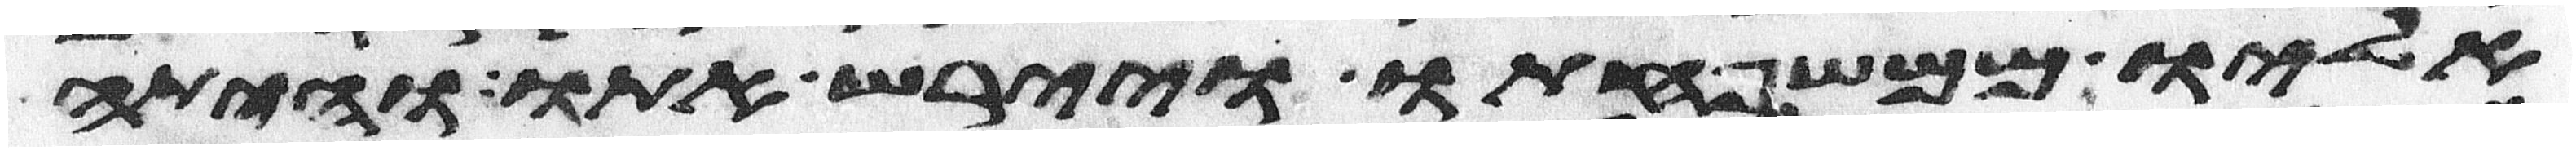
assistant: אליו ממשפחתו ויירש אתו והיתה